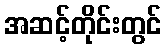
အဆင့်တိုင်းတွင်